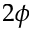
2 \phi